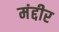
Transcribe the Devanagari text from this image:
मंद्दीर